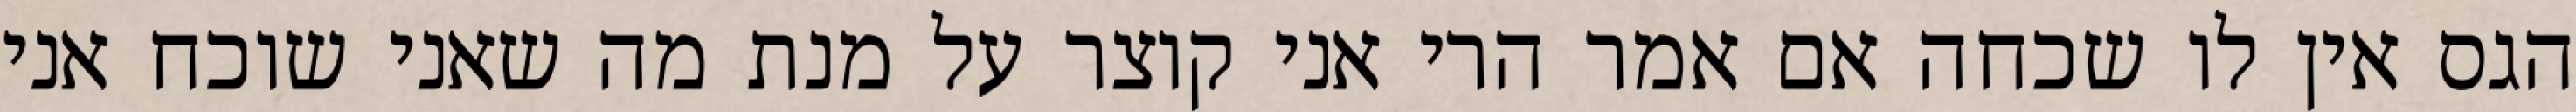
הגס אין לו שכחה אם אמר הרי אני קוצר על מנת מה שאני שוכח אני